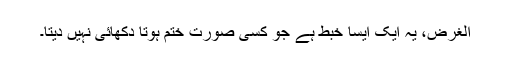
الغرض، یہ ایک ایسا خبط ہے جو کسی صورت ختم ہوتا دکھائی نہیں دیتا۔